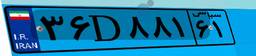
۹۱D۸۸۶۳۹